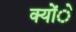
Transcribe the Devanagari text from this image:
क्योंे